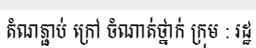
តំណភ្ជាប់ ក្រៅ ចំណាត់ថ្នាក់ ក្រុម : រដ្ឋ